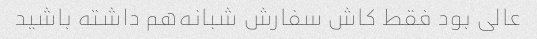
عالی بود فقط کاش سفارش شبانه‌هم داشته باشید